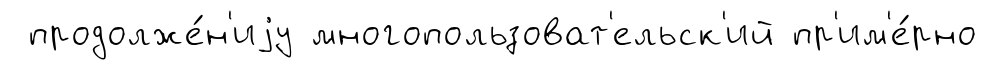
продолже́н'иjу многопользоват'ельск'ий пр'им'е́рно